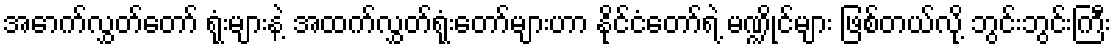
အောက်လွှတ်တော် ရုံးများနဲ့ အထက်လွှတ်ရုံးတော်များဟာ နိုင်ငံတော်ရဲ့ မဏ္ဍိုင်များ ဖြစ်တယ်လို့ ဘွင်းဘွင်းကြီး